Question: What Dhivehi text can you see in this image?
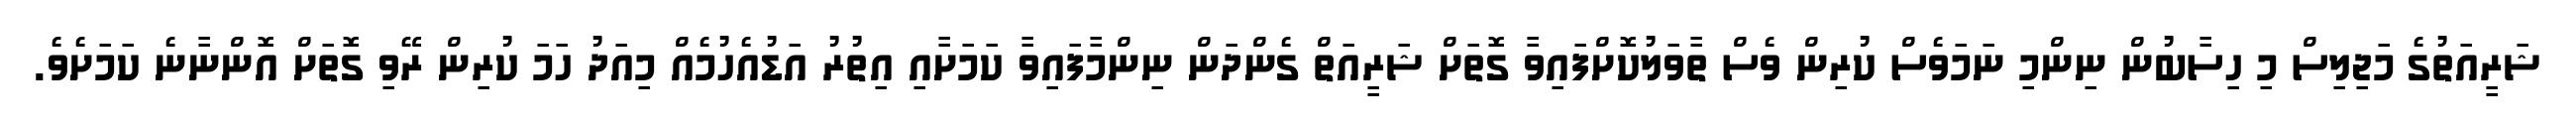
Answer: ޝަރީއަތުގެ މަޖިލިސް މި ހިސާބުން ނިންމި ނަމަވެސް ކުރިން ވެސް ތާވަލުކޮށްފައިވާ ގޮތަށް ޝަރީއަތް ގެންދަން ނިންމާފައިވާ ކަމަށާއި އިތުރު އަޑުއެހުމެއް މިއަދު ހަމަ ކުރިން ރޭވި ގޮތަށް އޮންނާނެ ކަމަށެވެ.